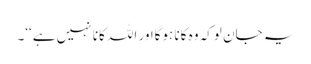
یہ جان لوکہ وہ کانا ہوگااور اللہ کانا نہیں ہے‘‘۔